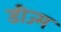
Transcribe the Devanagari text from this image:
डीज्म